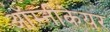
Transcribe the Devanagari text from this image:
ऑम्नीकेयर